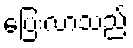
ပြေးလာသည်